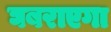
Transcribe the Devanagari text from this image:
घबराएगा